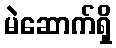
မဲဆောက်ရှိ